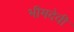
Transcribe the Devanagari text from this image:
भीमदेवी